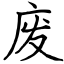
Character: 废